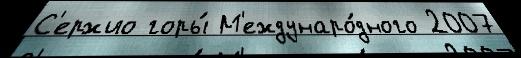
С'ержио горы́ М'еждунаро́дного 2007